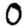
Digit: 0